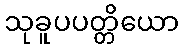
သုခူပပတ္တိယော